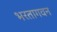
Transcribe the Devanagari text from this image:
भरतागवन